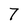
Character: 7